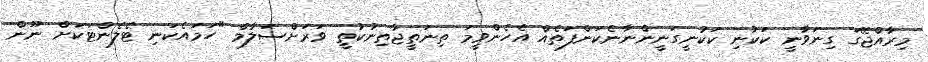
މިރާއްޖޭގަ ގިނަވާނީ ކަކުނި ކަކުނީގަނީންނާނެކަންފަތެއް އެހެންވީމަ ތިނަތީޖާތިނުކުތީ ވަރަށްސަލާމް "ހަމައެކަނި ޓެލެންޓަކަށް ނޫން